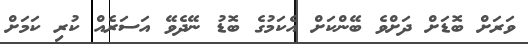
ވަަރަށް ބޮޑަށް ދަށްވެ ބޭންކަށް އެކަމުގެ ބޮޑު ނޭދެވޭ އަސަރެއް ކުރި ކަމަށް